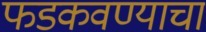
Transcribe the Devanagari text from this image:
फडकवण्याचा